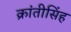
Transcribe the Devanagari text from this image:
क्रांतीसिंह